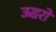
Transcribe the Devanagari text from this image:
ऊडरो